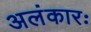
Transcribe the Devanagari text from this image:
अलंकारः